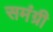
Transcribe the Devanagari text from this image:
समंग्री